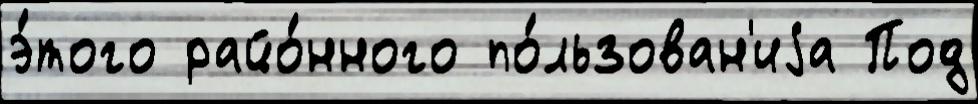
э́того райо́нного по́льзован'иjа Под